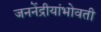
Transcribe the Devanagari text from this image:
जननेंद्रीयांभोवती